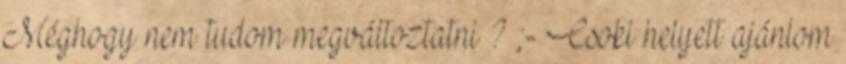
Méghogy nem tudom megváltoztatni ? ;- Csoki helyett ajánlom